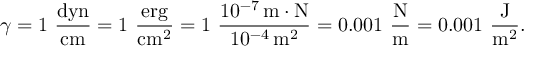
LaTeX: \gamma = 1 ~ \mathrm { \frac { d y n } { c m } } = 1 ~ \mathrm { \frac { e r g } { c m ^ { 2 } } } = 1 ~ \mathrm { \frac { 1 0 ^ { - 7 } \, m \cdot N } { 1 0 ^ { - 4 } \, m ^ { 2 } } } = 0 . 0 0 1 ~ \mathrm { \frac { N } { m } } = 0 . 0 0 1 ~ \mathrm { \frac { J } { m ^ { 2 } } } .